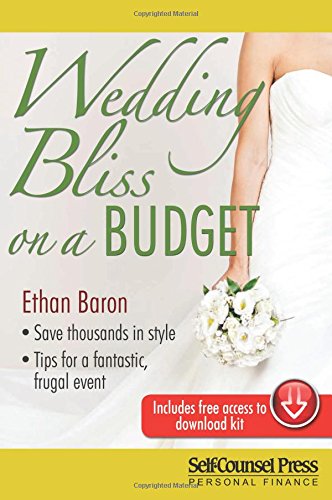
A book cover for Wedding Bliss on a Budget (Self-Counsel Personal Finance); Ethan Baron; Crafts, Hobbies & Home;